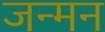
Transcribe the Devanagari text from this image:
जन्मन